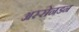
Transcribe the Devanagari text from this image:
अस्सेनडन